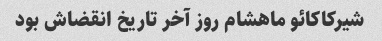
شیرکاکائو ماهشام روز آخر تاریخ انقضاش بود